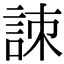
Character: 𧧒